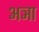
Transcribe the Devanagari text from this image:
अञा